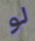
لو